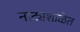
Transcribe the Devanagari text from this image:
नाट्यशाळेत